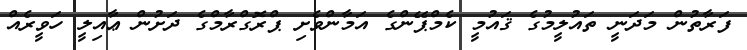
ފަރާތުން މަދަނީ ތައުލީމުގެ ޤައުމީ ކެމްޕޭންގެ އަމާންވެށި ޕްރޮގްރާމްގެ ދަށުން ޢާއިލީ ހަވީރެއް